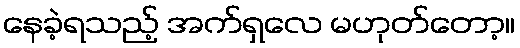
နေခဲ့ရသည့် အက်ရှလေ မဟုတ်တော့။